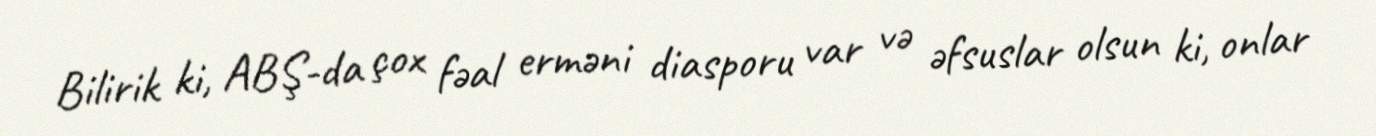
Bilirik ki, ABŞ-da çox fəal erməni diasporu var və əfsuslar olsun ki, onlar